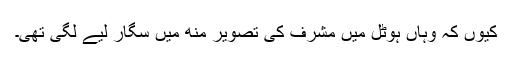
کیوں کہ وہاں ہوٹل میں مشرف کی تصویر منھ میں سگار لیے لگی تھی۔